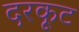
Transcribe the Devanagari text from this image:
दरकूट